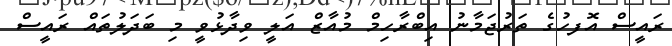
ރައީސް އޮފހުގެ ތަރުޖަމާނު އިބްރާހިމް މުއާޒް އަލީ ވިދާޅުވީ މި ބަދަލުތައް ރައީސް